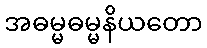
အဓမ္မဓမ္မနိယတော